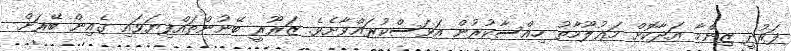
ފަރުދީ ޒިންމާ އަދާކޮށް މަޢުލޫމާތު ހިއްސާކުރުން އަވަސްކުރައްވާށެވެ. ޒަރޫރީ ބޭނުންތައްފިޔަވައި ގެއިން ބޭރަށް